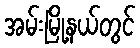
အမ်းမြို့နယ်တွင်